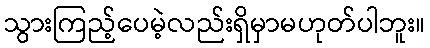
သွားကြည့်ပေမဲ့လည်းရှိမှာမဟုတ်ပါဘူး။